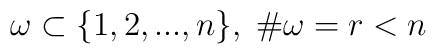
\omega \subset \{1,2,...,n\}, \; \# \omega = r<n